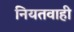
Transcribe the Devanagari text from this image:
नियतवाही